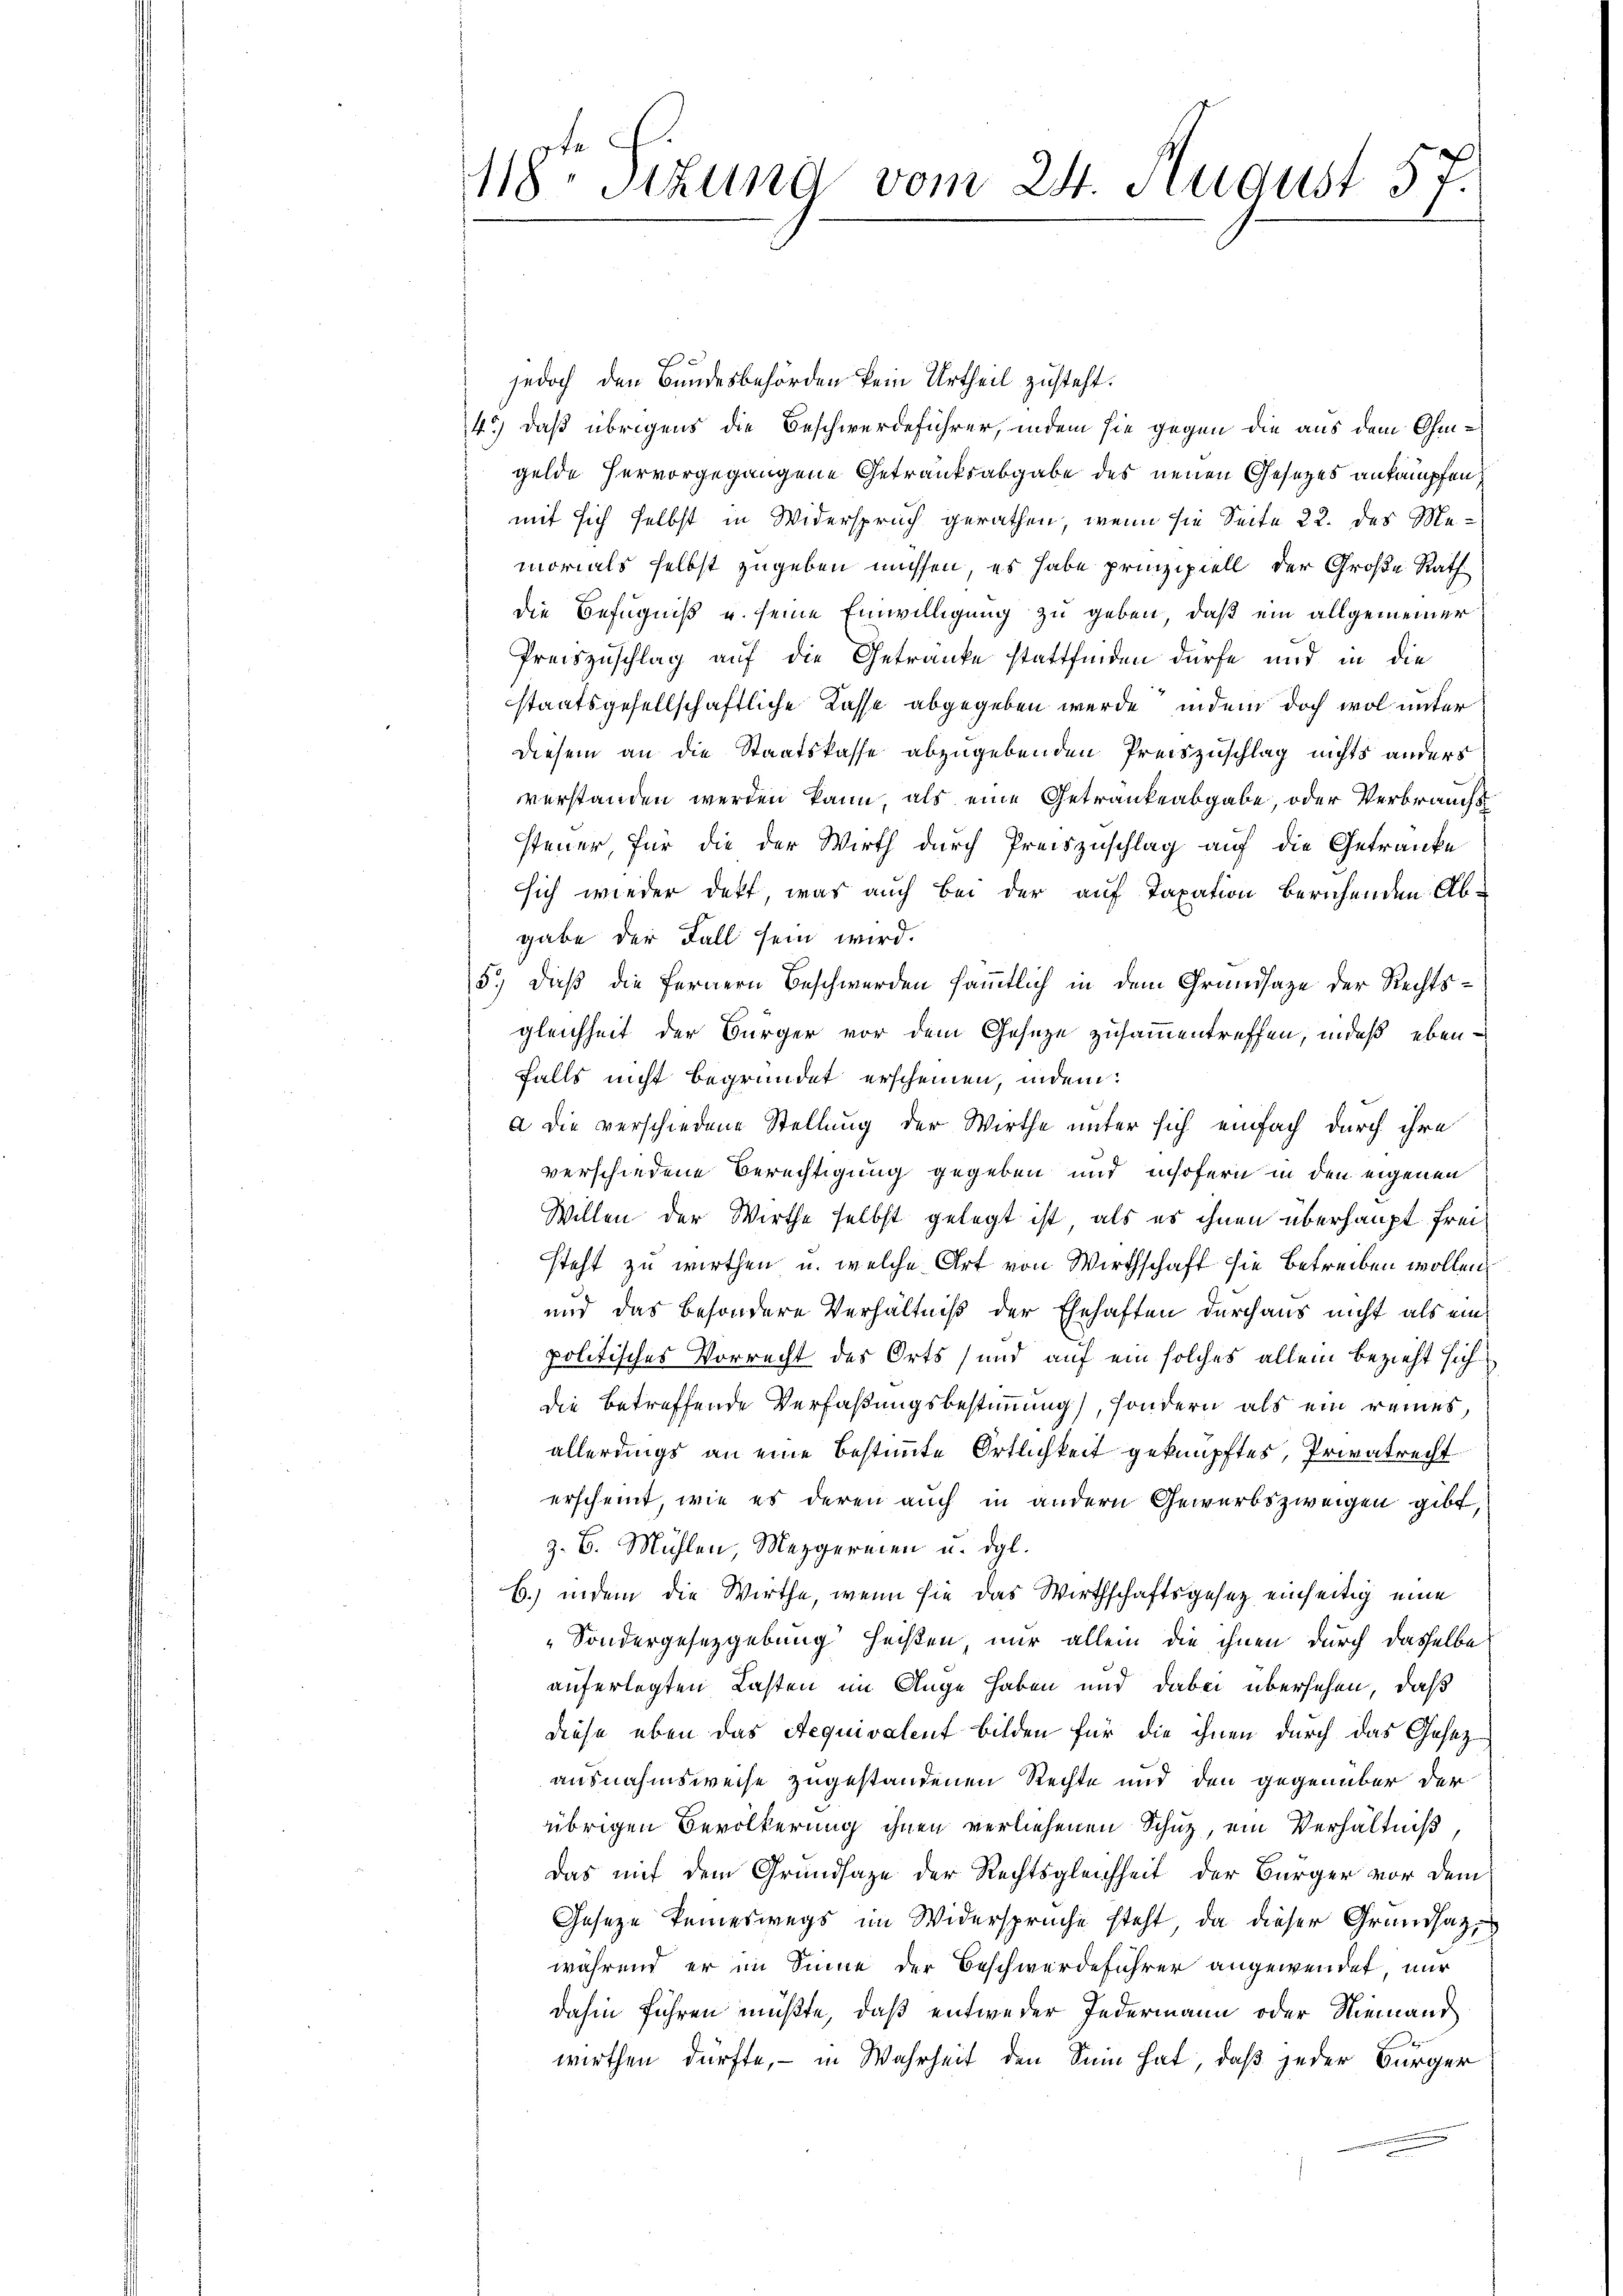
118. Stund vom 24. August 57.

c
jedoch den Bundesbehörden kein Urtheil zusteht.
4.) daß übrigens die Beschwerdeführer, indem sie gegen die aus dem Ohmgelde hervorgegangene Getranksabgabe des neuen Gesetzes ankämpfen:
mit sich selbst in Widerspruch gerathen, wenn sie Seite 22. des Memorials selbst zugeben müssen, es habe prinzipiell der Große Rath
die Befugniß u. seine Einwilligung zu geben, daß ein allgemeiner
Preiszuschlag auf die Getranke stattfinden dürfe und in die
staatsgesellschaftliche Kasse abgegeben werde, indem doch wol unter
diesem an die Staatskasse abzugebenden Preiszuschlag nichts anders
verstanden werden kann als eine Getrankeabgabe, oder Verbrauchs
steuer, für die der Wirth durch Preiszuschlag auf die Getranke
sich wieder dekt, was auch bei der auf Taxation beruhenden Abgabe der Fall sein wird.
5.) dieß die fernern Beschwerden sämmtlich in dem Grandsatze der Rechtsgleichheit der Bürger vor dem Gesetze zusammentreffen, indeß ebenfalls nicht begründet erscheinen, indem:
a die verschiedene Stellung der Wirthe unter sich einfach durch ihre
verschiedene Berechtigung gegeben und insofern in den eigenen
Willen der Wirthe selbst gelegt ist, als es ihnen überhaupt freisteht zu wirthen u. welche Art von Wirthschaft sie betreiben wollen.
und das besondere Verhältniß der Ehehaften durchaus nicht als ein
politisches Vorrecht des Orts (und auf ein solches allein bezieht sich
die betreffende Verfaßungsbestimmung, sondern als ein reines,
allerdings an eine bestimmte Ortlichkeit geknüpftes, Privatrecht
erscheint, wie es deren auch in andern Gewerbszweigen gibt,
z. B. Mühlen, Mezgereien u. dgl.
b.) indem die Wirthe, wenn sie das Wirthschaftsgesetz einseitig eine
"Sondergesetzgebung heißen, nur allein die ihnen durch dasselbe
auferlegten Lasten im Auge haben und dabei übersehen, daß
diese eben das Aequivalent bilden für die ihnen durch das Gesetz
ausnahmsweise zugestandenen Rechte und den gegenüber der
übrigen Bevölkerung ihnen verliehenen Schuz, ein Verhältniß
Das mit dem Grundsaze der Rechtsgleichheit der Bürger vor dem
Gesetze keineswegs im Widersprüche steht, da dieser Grundsatzwährend er im Sinne der Beschwerdeführer angewendet, nur
dahin führen müßte, daß entweder Jedermann oder Niemand
wirthen dürfte, – in Wahrheit den Sinn hat, daß jeder Bürger